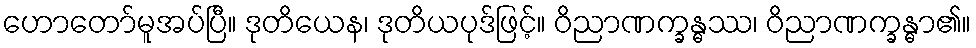
ဟောတော်မူအပ်ပြီ။ ဒုတိယေန၊ ဒုတိယပုဒ်ဖြင့်။ ဝိညာဏက္ခန္ဓဿ၊ ဝိညာဏက္ခန္ဓာ၏။